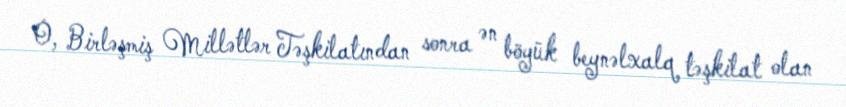
O, Birləşmiş Millətlər Təşkilatından sonra ən böyük beynəlxalq təşkilat olan